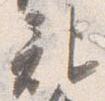
記